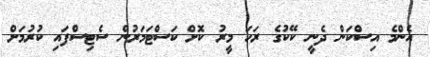
އެންމެ އިސްކަން ދެނީ ކޭކުގެ ރަހަ މީރު ކޮށް ކަސްޓަމަރުން ސެޓިސްފައި ކުރުމަށް